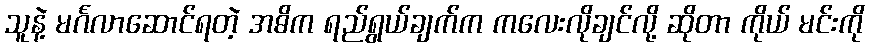
သူနဲ့ မင်္ဂလာဆောင်ရတဲ့ အဓိက ရည်ရွယ်ချက်က ကလေးလိုချင်လို့ ဆိုတာ ကိုယ် မင်းကို